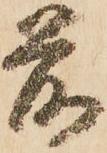
前